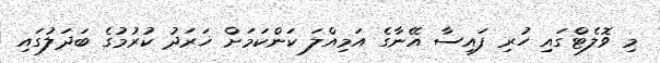
މި ވޮލެޓްގައި ހުރި ފައިސާ އޭނާގެ އަމިއްލަ ކަންކަމަށް ޚަރަދު ކުރުމުގެ ބަދަލުގައި